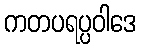
ကတပရပ္ပဝါဒေ